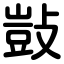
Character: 敱